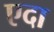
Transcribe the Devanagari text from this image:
एदा